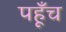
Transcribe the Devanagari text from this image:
पहूँच